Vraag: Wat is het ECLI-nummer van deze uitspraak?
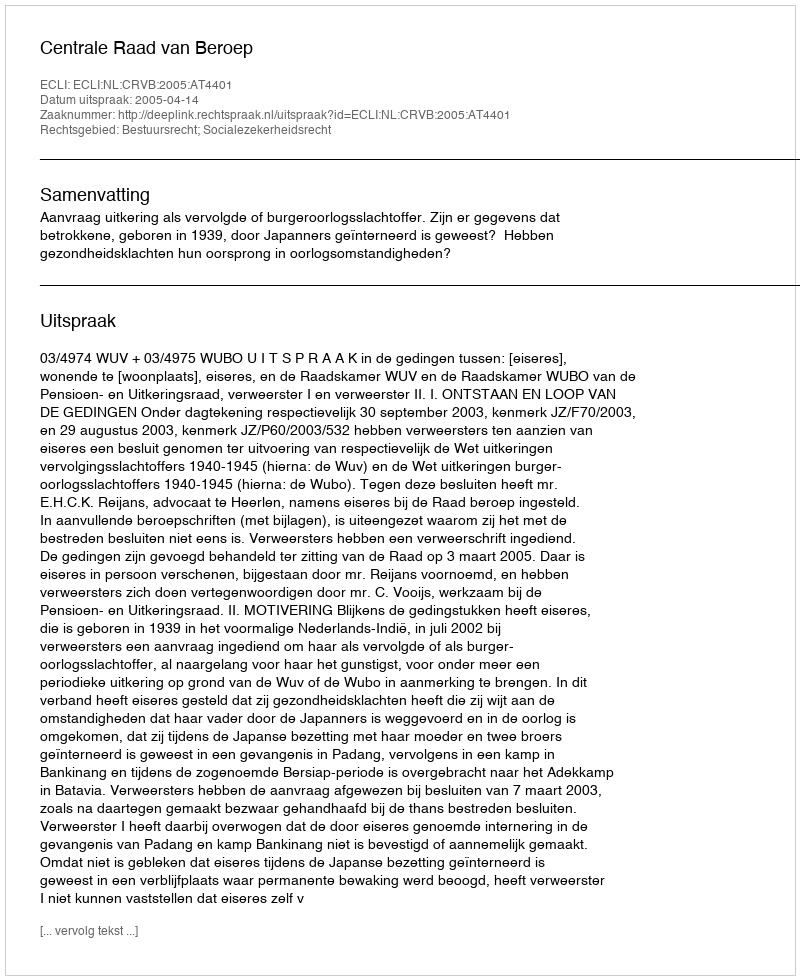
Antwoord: ECLI:NL:CRVB:2005:AT4401